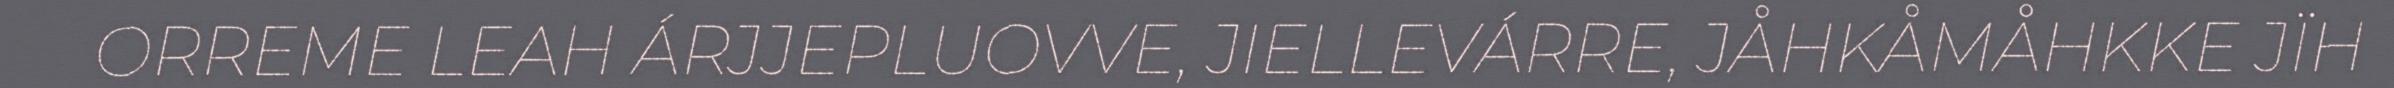
ORREME LEAH ÁRJJEPLUOVVE, JIELLEVÁRRE, JÅHKÅMÅHKKE JÏH